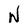
Character: N